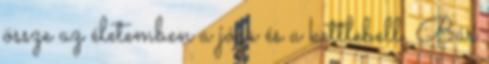
össze az életemben a jóga és a kettlebell. Bár